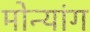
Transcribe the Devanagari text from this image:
मोन्यांग